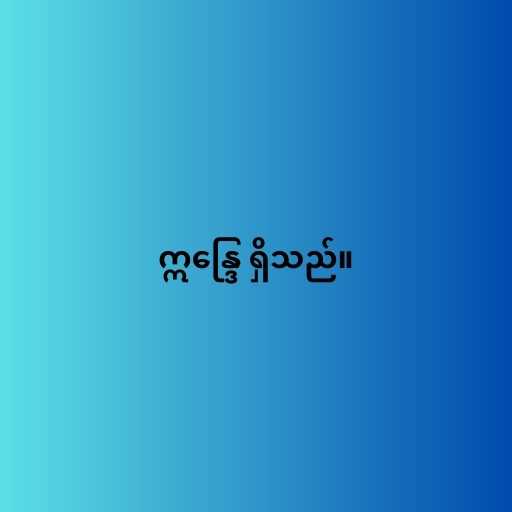
ဣန္ဒြေ ရှိသည်။